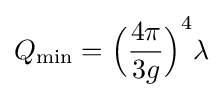
Q_{\min }={{\Big (}{\frac {4\pi }{3g}}{\Big )}}^{4}\lambda